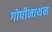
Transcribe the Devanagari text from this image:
गोपीनाथन